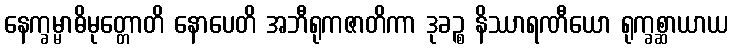
နေက္ခမ္မာဓိမုတ္တောတိ နောပေတိ အဘီရုကဇာတိကာ ဒုခဉ္စ နိဿာရဏီယော ရုက္ခစ္ဆာယာယ